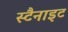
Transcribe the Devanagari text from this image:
स्टैनाइट